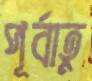
পূর্বাহ্ণ